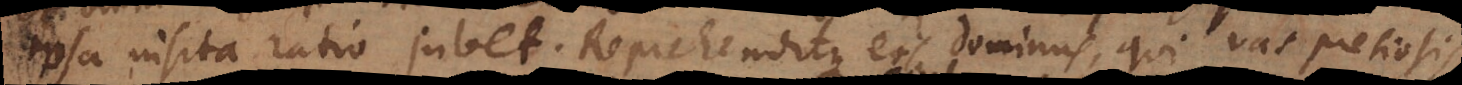
ipsa insita ratio jubet. Reprehenditque eos dominus, qui vas pretiosis